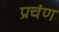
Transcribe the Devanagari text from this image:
प्रचंण